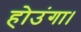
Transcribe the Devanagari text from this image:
होउंगा।